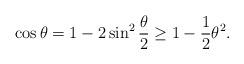
LaTeX: \begin{align*}\cos \theta = 1 - 2 \sin^2 \frac{\theta}{2} \geq 1 - \frac{1}{2} \theta^2.\end{align*}